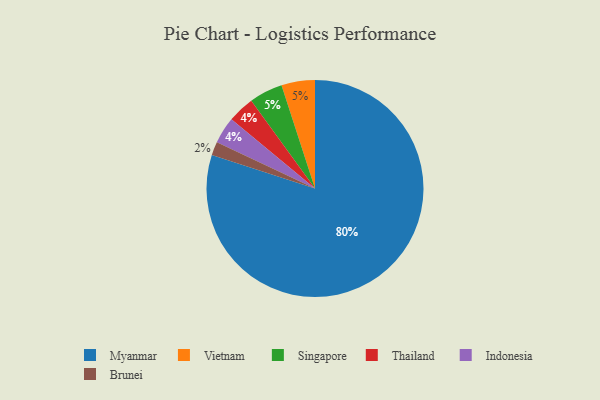
{"axis": {"x": "Category", "y": "Percentage"}, "legend": ["Brunei", "Indonesia", "Myanmar", "Singapore", "Thailand", "Vietnam"], "data": [{"x": "Brunei", "y": 2, "type": "Brunei"}, {"x": "Thailand", "y": 4, "type": "Thailand"}, {"x": "Indonesia", "y": 4, "type": "Indonesia"}, {"x": "Myanmar", "y": 80, "type": "Myanmar"}, {"x": "Vietnam", "y": 5, "type": "Vietnam"}, {"x": "Singapore", "y": 5, "type": "Singapore"}]}